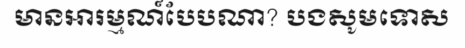
មានអារម្មណ៍បែបណា? បងសូមទោស